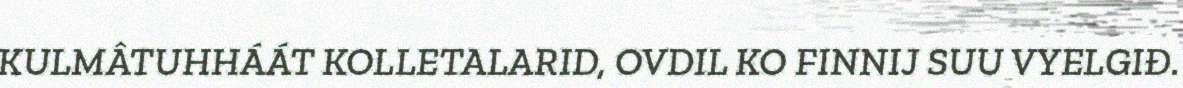
KULMÂTUHHÁÁT KOLLETALARID, OVDIL KO FINNIJ SUU VYELGIĐ.